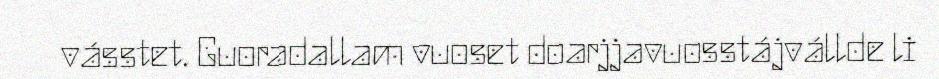
vásstet. Guoradallam vuoset doarjjavuosstájvállde li